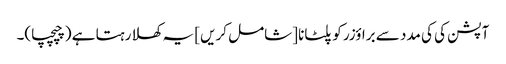
آپشن کی کی مدد سے براؤزر کو پلٹانا [شامل کریں] یہ کھلا رہتا ہے (چپچپا)۔